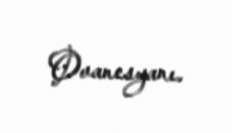
Ovanesyanı.